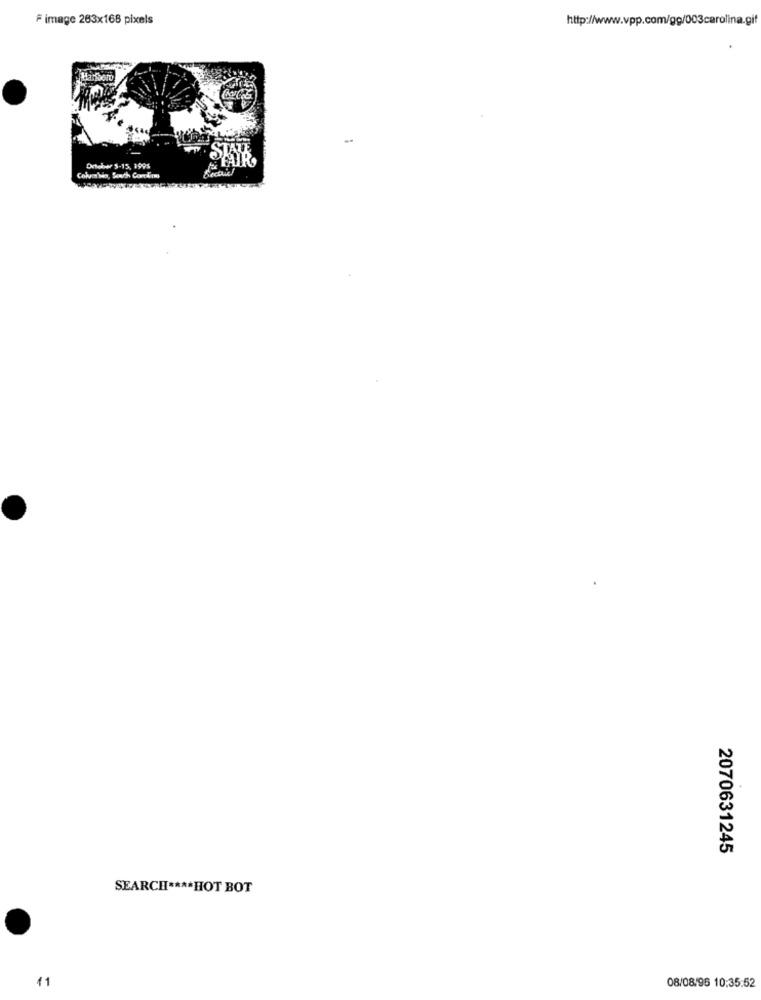
F image 263x168 pixels
http://www.vpp.com/gg/003carolina.gif
Deteber 5-15, 1995
2070631245
SEARCH **** HOT BOT
41
08/08/96 10:35:52